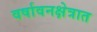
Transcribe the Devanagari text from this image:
वर्षावनक्षेत्रात